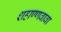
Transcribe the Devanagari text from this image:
शहाण्णवावा